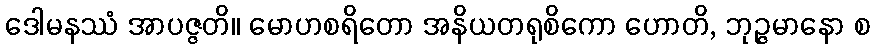
ဒေါမနဿံ အာပဇ္ဇတိ။ မောဟစရိတော အနိယတရုစိကော ဟောတိ, ဘုဉ္ဇမာနော စ